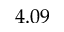
4 . 0 9